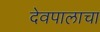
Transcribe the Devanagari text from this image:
देवपालाचा